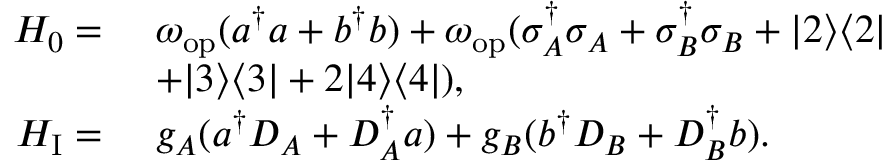
\begin{array} { r l } { H _ { 0 } = } & { ~ \omega _ { \mathrm { o p } } ( a ^ { \dagger } a + b ^ { \dagger } b ) + \omega _ { \mathrm { o p } } ( \sigma _ { A } ^ { \dagger } \sigma _ { A } + \sigma _ { B } ^ { \dagger } \sigma _ { B } + | 2 \rangle \langle 2 | } \\ & { ~ + | 3 \rangle \langle 3 | + 2 | 4 \rangle \langle 4 | ) , } \\ { H _ { \mathrm { I } } = } & { ~ g _ { A } ( a ^ { \dagger } D _ { A } + D _ { A } ^ { \dagger } a ) + g _ { B } ( b ^ { \dagger } D _ { B } + D _ { B } ^ { \dagger } b ) . } \end{array}